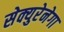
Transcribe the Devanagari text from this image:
सेक्युरेनेगा